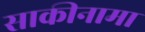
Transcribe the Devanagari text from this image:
साकीनामा